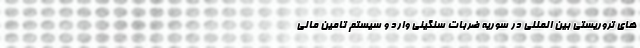
های تروریستی بین المللی در سوریه ضربات سنگینی وارد و سیستم تامین مالی